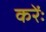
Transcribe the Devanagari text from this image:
करेंः